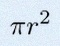
\pi r^2